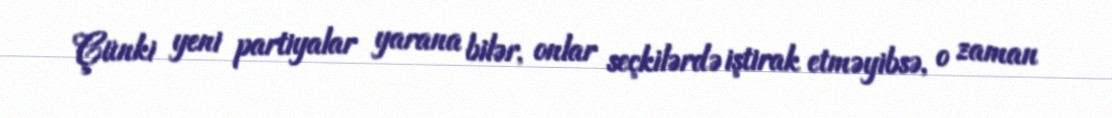
Çünki yeni partiyalar yarana bilər, onlar seçkilərdə iştirak etməyibsə, o zaman